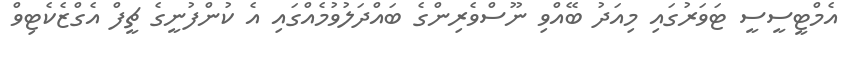
އެމްޓީސީސީ ޓަވަރުގައި މިއަދު ބޭއްވި ނޫސްވެރިންގެ ބައްދަލުވުމެއްގައި އެ ކުންފުނީގެ ޗީފް އެގްޒެކެޓިވް